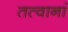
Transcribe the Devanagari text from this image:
तत्वानां